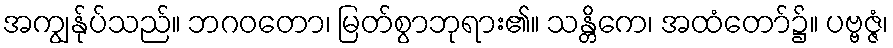
အကျွန်ုပ်သည်။ ဘဂဝတော၊ မြတ်စွာဘုရား၏။ သန္တိကေ၊ အထံတော်၌။ ပဗ္ဗဇ္ဇံ၊